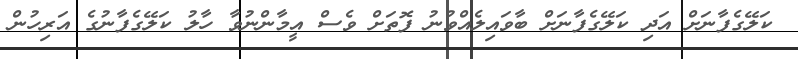
ކަލޭގެފާނަށް އަދި ކަލޭގެފާނަށް ބާވައިލެއްވުނު ފޮތަށް ވެސް އީމާންނުވާ ހާލު ކަލޭގެފާނުގެ އަރިހުން